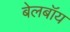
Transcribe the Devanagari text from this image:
बेलबॉय